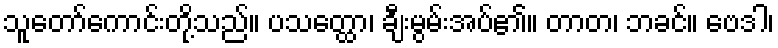
သူတော်ကောင်းတို့သည်။ ပသတ္ထော၊ ချီးမွမ်းအပ်၏။ တာတ၊ ဘခင်။ ဗေဒါ၊